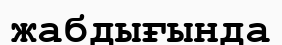
жабдығында